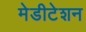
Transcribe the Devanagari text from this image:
मेडीटेशन